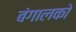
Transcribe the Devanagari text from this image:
बंगालको